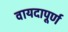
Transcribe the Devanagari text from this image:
वायदापूर्ण